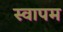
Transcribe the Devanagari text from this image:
स्वापम